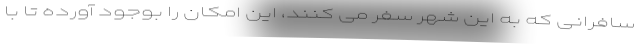
سافرانی که به این شهر سفر می کنند، این امکان را بوجود آورده تا با